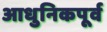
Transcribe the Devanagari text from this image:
आधुनिकपूर्व